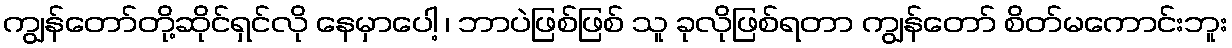
ကျွန်တော်တို့ဆိုင်ရှင်လို နေမှာပေါ့ ၊ ဘာပဲဖြစ်ဖြစ် သူ ခုလိုဖြစ်ရတာ ကျွန်တော် စိတ်မကောင်းဘူး